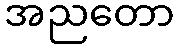
အညတော